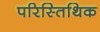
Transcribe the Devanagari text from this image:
परिस्तिथिक